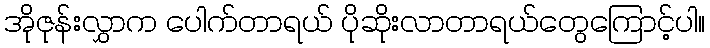
အိုဇုန်းလွှာက ပေါက်တာရယ် ပိုဆိုးလာတာရယ်တွေကြောင့်ပါ။